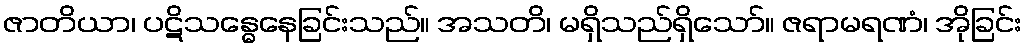
ဇာတိယာ၊ ပဋိသန္ဓေနေခြင်းသည်။ အသတိ၊ မရှိသည်ရှိသော်။ ဇရာမရဏံ၊ အိုခြင်း